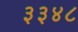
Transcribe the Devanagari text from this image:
३३४८